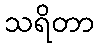
သရိတာ